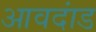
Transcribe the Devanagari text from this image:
आवदांड